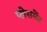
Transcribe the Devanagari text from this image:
प्‍लेसमेंट